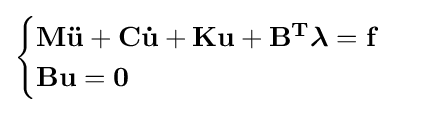
{\begin{cases}\mathbf {M{\ddot {u}}+C{\dot {u}}+Ku+B^{T}{\boldsymbol {\lambda }}=f} \\\mathbf {Bu=0} \end{cases}}